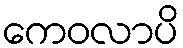
ကေဝလာပိ